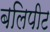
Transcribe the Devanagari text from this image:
बलिपीट